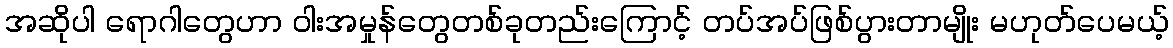
အဆိုပါ ရောဂါတွေဟာ ဝါးအမှုန်တွေတစ်ခုတည်းကြောင့် တပ်အပ်ဖြစ်ပွားတာမျိုး မဟုတ်ပေမယ့်